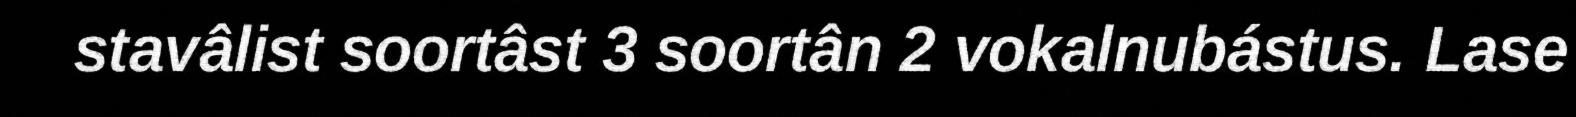
stavâlist soortâst 3 soortân 2 vokalnubástus. Lase